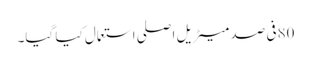
80فی صد میٹریل اصلی استعمال کیا گیا۔